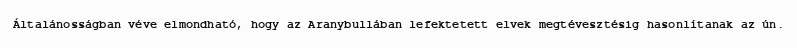
Általánosságban véve elmondható, hogy az Aranybullában lefektetett elvek megtévesztésig hasonlítanak az ún.